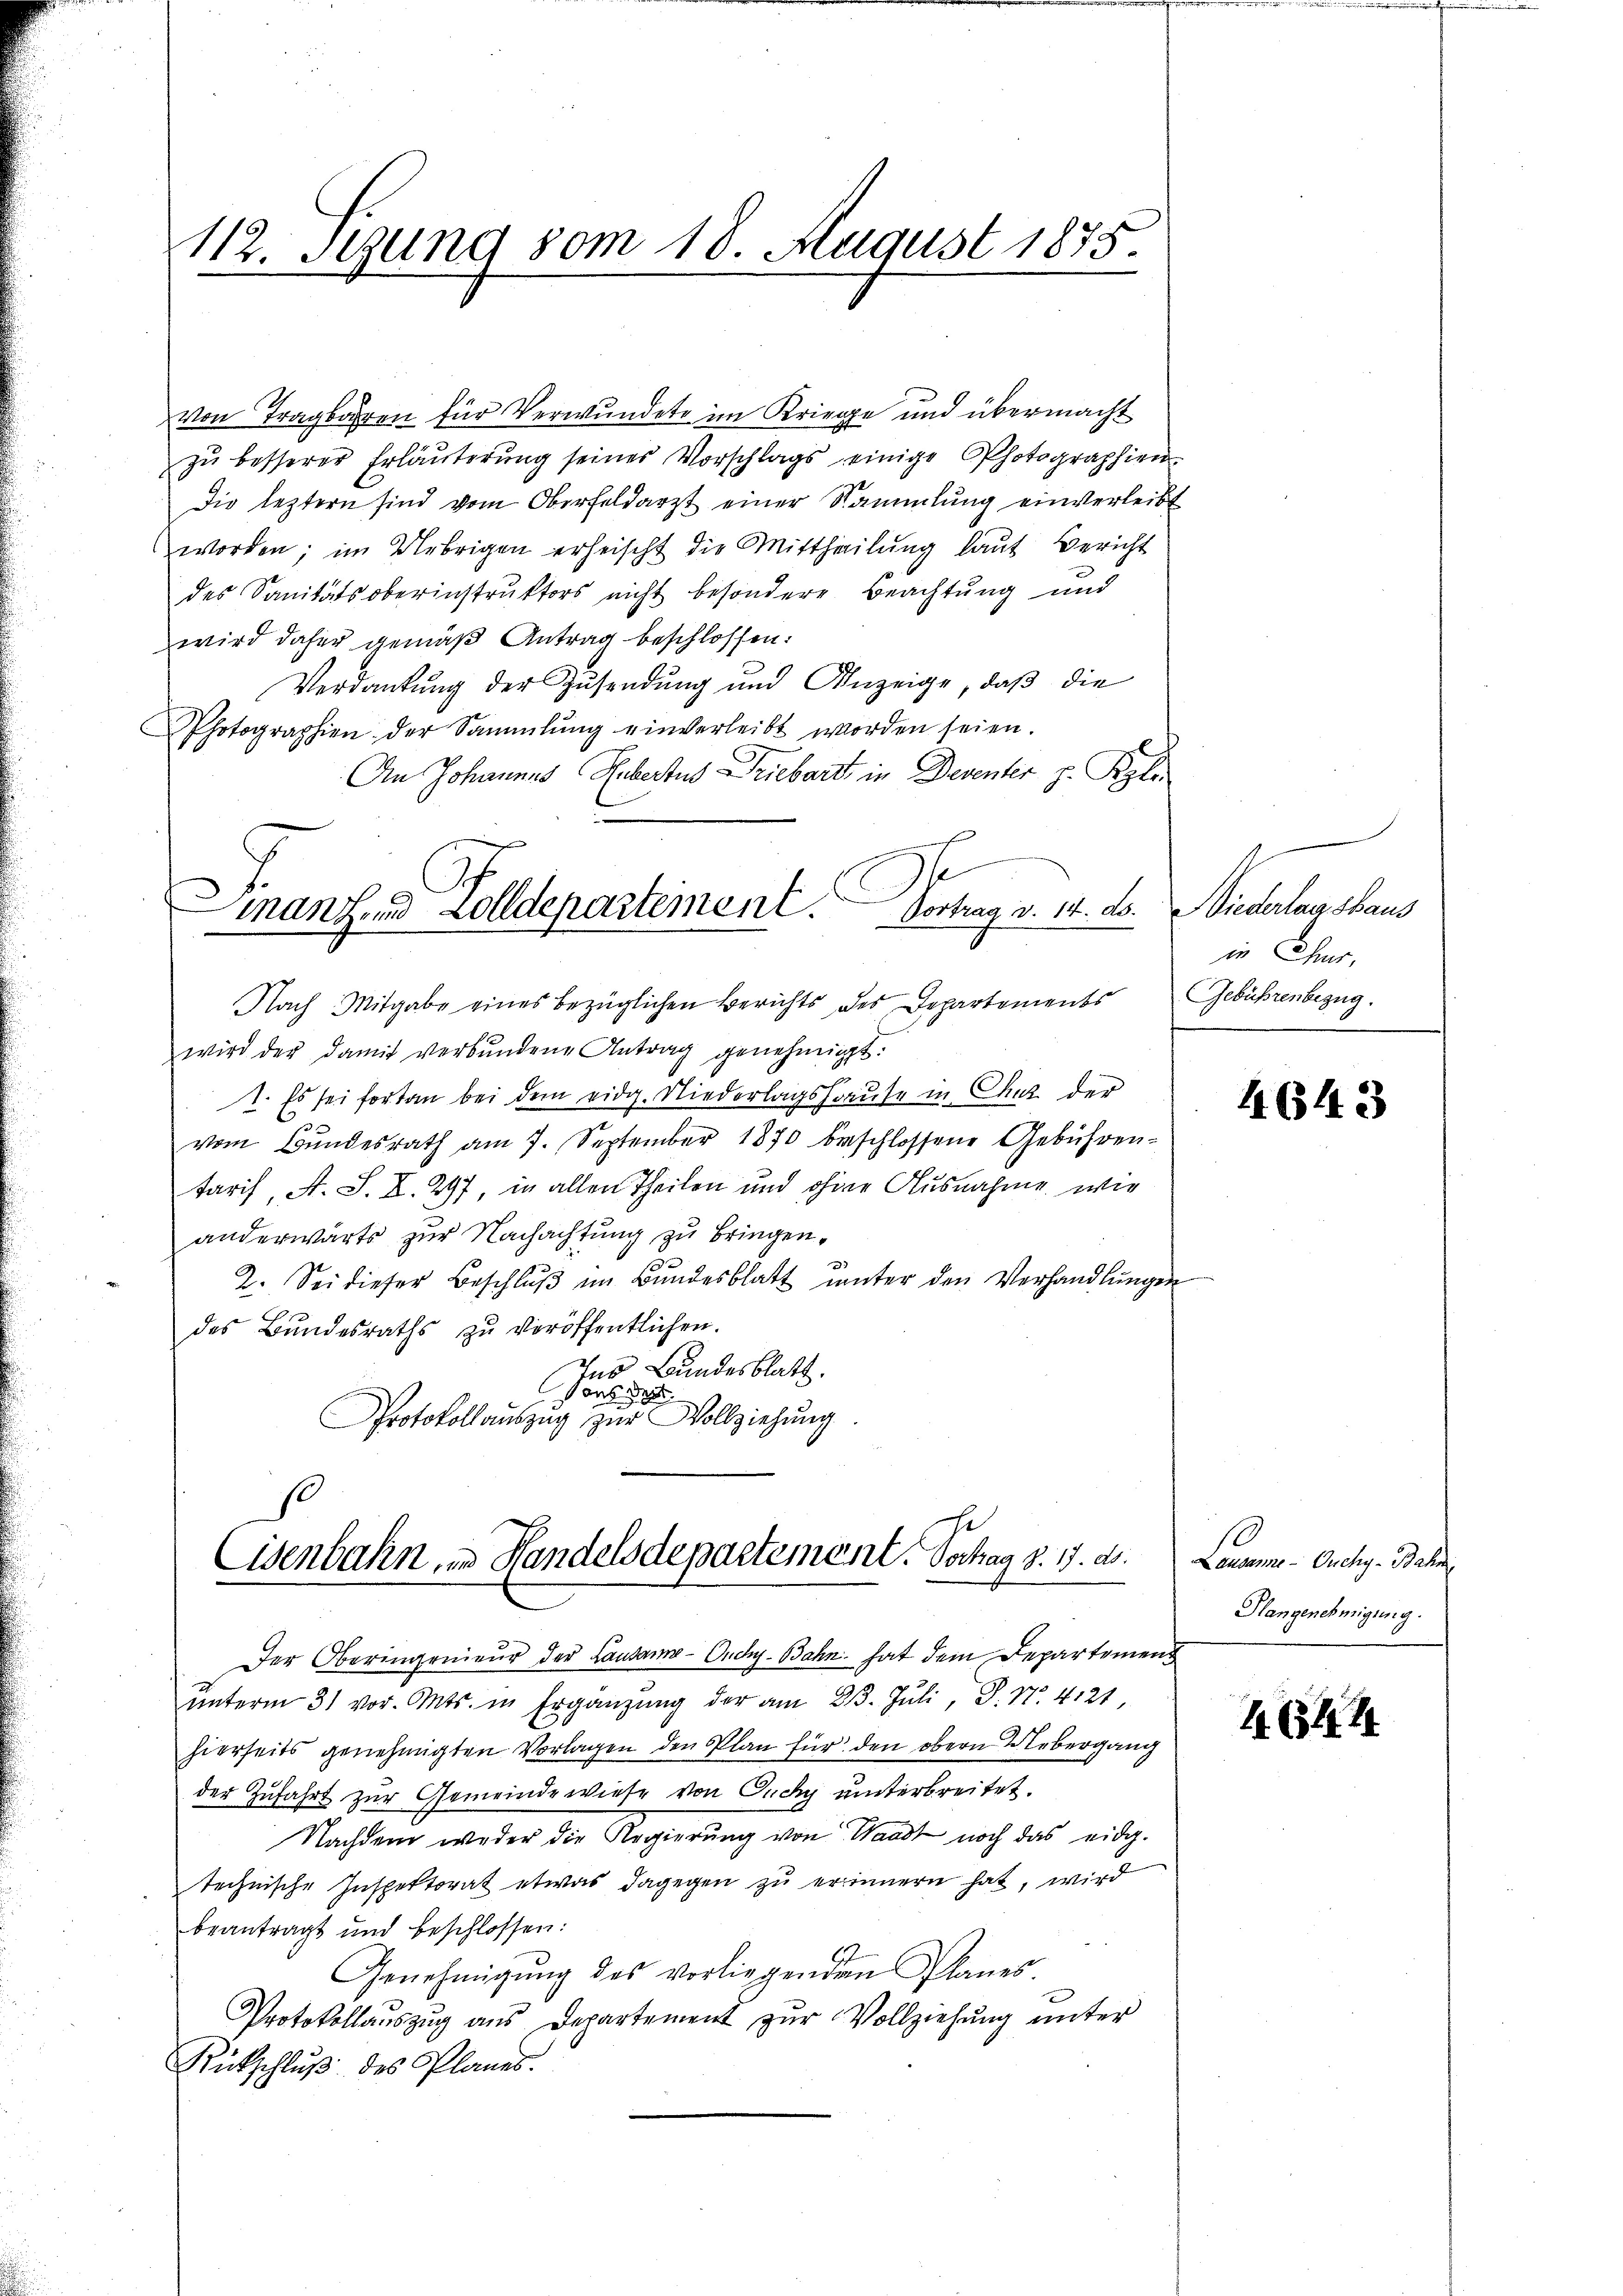
112. Sezung vom 18 August 1875.

von Tragbaren für Verwundete im Kriege und übermacht
zŭ besserer Erläuterung seines Vorschlags einige Photographien-
Die leztern sind vom Oberfeldarzt einer Sammlung einverleibt
worden; im Uebrigen erheischt die Mittheilung laut Bericht
.
des Sanitätsoberinstruktors nicht besondere Beachtung und
wird daher gemäß Antrag beschlossen:
Verdankung der Zusendung und Anzeige, daß die
Photographien der Sammlung einverleibt worden seien.
An Johannes Rebertus Driebart in Deventer z. Kle
Nach Mitgabe eines bezüglichen Berichts des Departements
wird der damit verbŭndene Antrag genehmigt:
.
1. Es sei fortan bei dem eidg. Niederlagshause in Chuz der
vom Bundesrath am 7. September 1870 beschlossene Gebührentaris, A. S. Z. 297, in allen Theilen und ohne Ausnahme, wie
anderwärts zur Nachachtung zu bringen.
2. Sei dieser Beschlŭβ im Bŭndesblatt ŭnter den Verhandlŭngen
des Bundesraths zu veröffentlichen.
Ins Bundesblatt.
ons des
Protokollauszug zur Vollziehung

mantend Zolldepartement. Vortrag v. 14. ds.

s
Cisenbahn, in Handelsdepartement. Sochag §. 1. d.

Der Oberingenieur der Laudam-Ondug-Bahn hat dem Departement
ŭnterm 31 vor. Mts. in Ergänzŭng der am 23. Jŭli D. No. 4121
hierseits genehmigten Vorlagen den Plan für den obern Uebergang
der Zufahrt zur Gemeinde wiese von Ouchy unterbreitet.
Nachdem weder die Regierung von Waadt noch das eidg.
technische Inspektorat etwas dagegen zu erinnern hat, wird
beantragt und beschlossen:
Genehmigŭng des vorliegenden Planes.
Protokollaŭszŭg ans Departement zŭr Vollziehung unter
Rückschlŭβ des Planes.

Wiederlagshaus
in Chur,
Gebührenbezug.

4643

Lausanne - Ouchy-Bahn
Plangenehmigung.

4644